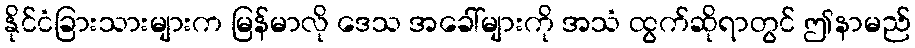
နိုင်ငံခြားသားများက မြန်မာလို ဒေသ အခေါ်များကို အသံ ထွက်ဆိုရာတွင် ဤနာမည်